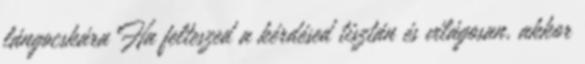
lángocskára Ha felteszed a kérdésed tisztán és világosan, akkor